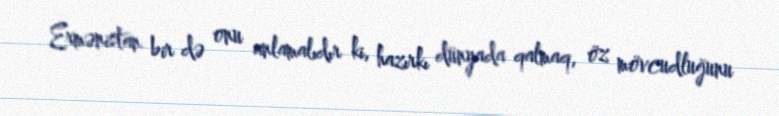
Ermənistan bir də onu anlamalıdır ki, hazırkı dünyada qalmaq, öz mövcudluğunu